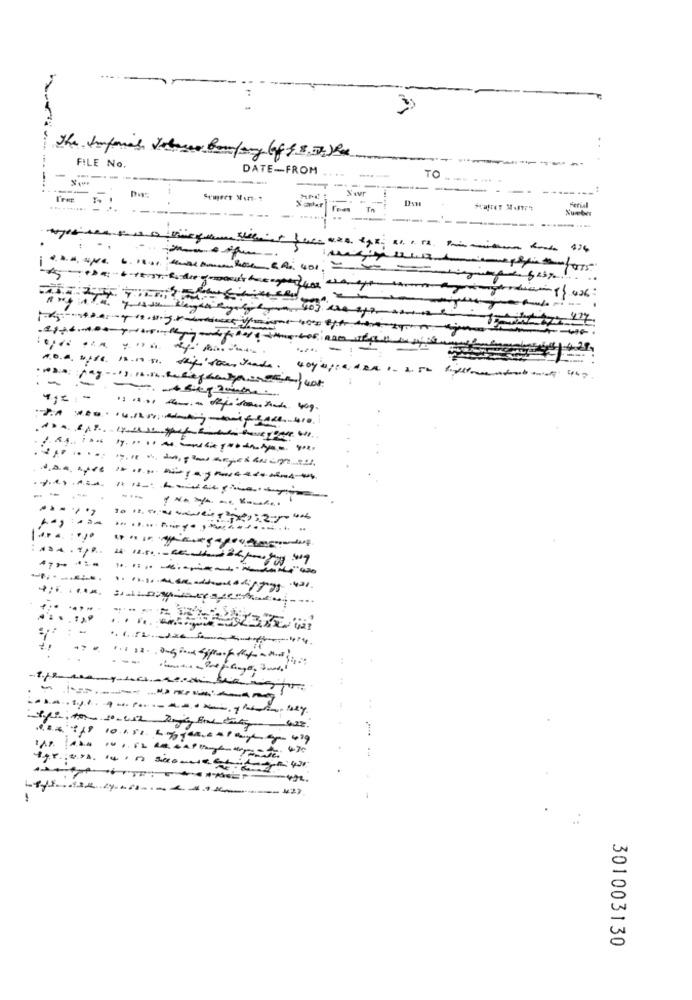
FILE No.
DATE-FROM
TO
-----
Tom
ferial
-- -
.-
-
.....
14. 11.50 - 60-11-24/00 108 :47
. --
301003130